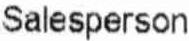
SALESPERSON